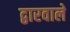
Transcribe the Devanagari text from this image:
द्वारवाले